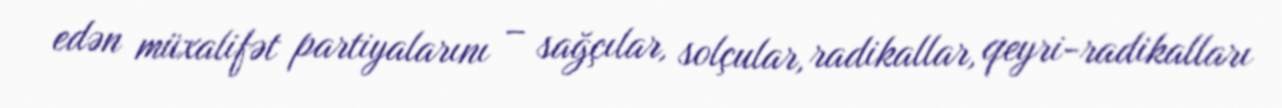
edən müxalifət partiyalarını – sağçılar, solçular, radikallar, qeyri-radikalları